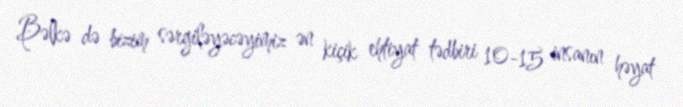
Bəlkə də bizim sərgiləyəcəyimiz ən kiçik ehtiyat tədbiri 10-15 insanın həyat